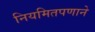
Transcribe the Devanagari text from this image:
नियमितपणाने